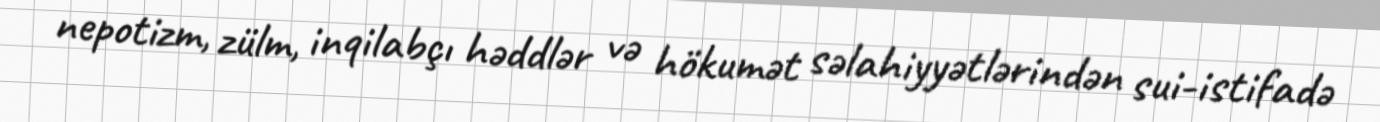
nepotizm, zülm, inqilabçı həddlər və hökumət səlahiyyətlərindən sui-istifadə